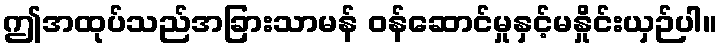
ဤအထုပ်သည်အခြားသာမန် ဝန်ဆောင်မှုနှင့်မနှိုင်းယှဉ်ပါ။